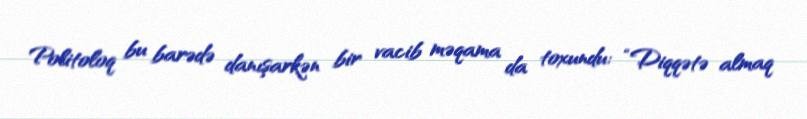
Politoloq bu barədə danışarkən bir vacib məqama da toxundu: “Diqqətə almaq